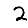
Digit: 2